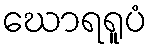
ဃောရရူပံ